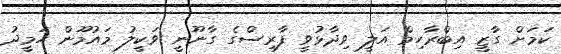
ކަމަށް ގާޒީ އިބްރާހިމް އަލީ ވިދާޅުވީ ފާރިސްގެ ގާނޫނީ ވަކީލު މައުމޫން ހަމީދު